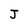
Character: J